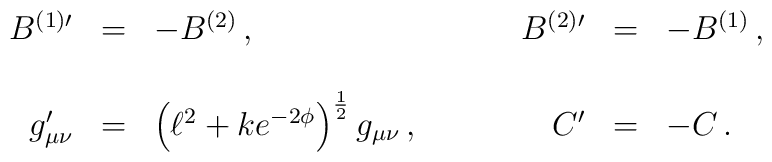
\begin{array}{rclrcl}B^{(1)\prime} & = & -B^{(2)}\, , &B^{(2)\prime} & = & -B^{(1)}\, ,\\& & & & &\\g_{\mu\nu}^{\prime} & = & \left( \ell^{2}+ke^{-2\phi} \right)^{\frac{1}{2}} g_{\mu\nu}\, ,\hspace{1cm}&C^{\prime} & = & -C\, .\end{array}